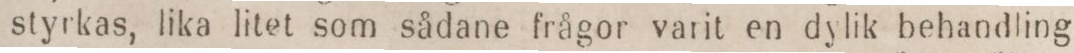
styrkas, lika litet som sådane frågor varit en dylik behandling